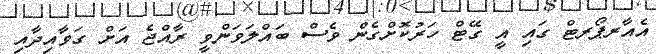
އެއާރޕޯރޓް ގައި އީ ގޭޓް ހަރުކޮށްގެން ވެސް ބައްލަވަންވީ ރާއްޖެ އަށް ގަވާއިދާއި